Madras plague regulations in force outside the Presidency town - Volume 3
Disease focus: Plague
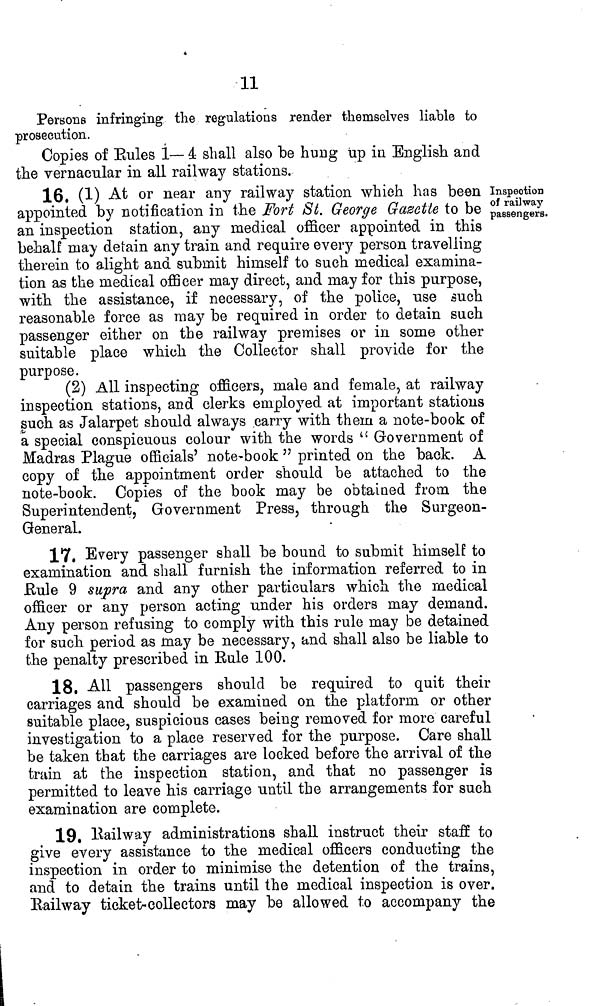
11
Persons infringing the regulations render themselves liable to
prosecution.
Copies of Rules 1— 4 shall also be hung up in English and
the vernacular in all railway stations.
Inspection
of railway
passengers.
16. (1) At or near any railway station which has been
appointed by notification in the Fort St. George Gazette to be
an inspection station, any medical officer appointed in this
behalf may detain any train and require every person travelling
therein to alight and submit himself to such medical examina-
tion as the medical officer may direct, and may for this purpose,
with, the assistance, if necessary, of the police, use such
reasonable force as may be required in order to detain such
passenger either on the railway premises or in some other
suitable place which the Collector shall provide for the
purpose.
(2) All inspecting officers, male and female, at railway
inspection stations, and clerks employed at important stations
such as Jalarpet should always carry with them a note-book of
a special conspicuous colour with the words " Government of
Madras Plague officials' note-book " printed on the back. A
copy of the appointment order should be attached to the
note-book. Copies of the book may be obtained from the
Superintendent, Government Press, through the Surgeon-
General.
17. Every passenger shall be bound to submit himself to
examination and shall furnish the information referred to in
Rule 9 supra and any other particulars which the medical
officer or any person acting under his orders may demand.
Any person refusing to comply with this rule may be detained
for such, period as may be necessary, and shall also be liable to
the penalty prescribed in Eule 100.
18. All passengers should be required to quit their
carriages and should be examined on the platform, or other
suitable place, suspicious cases being removed for more careful
investigation to a place reserved for the purpose. Care shall
be taken that the carriages are locked before the arrival of the
train at the inspection station, and that no passenger is
permitted to leave his carriage until the arrangements for such
examination are complete.
19. Railway administrations shall instruct their staff to
give every assistance to the medical officers conducting the
inspection in order to minimise the detention of the trains,
and to detain the trains until the medical inspection is over.
Railway ticket-collectors may be allowed to accompany the